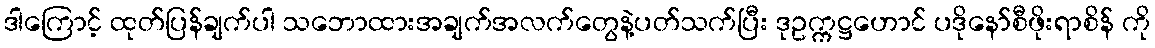
ဒါကြောင့် ထုတ်ပြန်ချက်ပါ သဘောထားအချက်အလက်တွေနဲ့ပတ်သက်ပြီး ဒုဥက္ကဋ္ဌဟောင် ပဒိုနော်စီဖိုးရာစိန် ကို